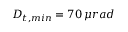
D _ { t , m i n } = 7 0 \, \mu r a d